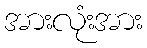
အားလုံးအား